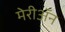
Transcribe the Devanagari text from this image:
मेरीॲन